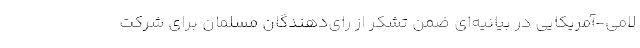
لامی-آمریکایی در بیانیه‌ای ضمن تشکر از رای‌دهندگان مسلمان برای شرکت